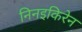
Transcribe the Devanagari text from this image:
निनइकिरेन